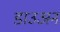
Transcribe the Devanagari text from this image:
डाउअन